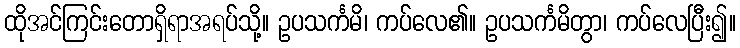
ထိုအင်ကြင်းတောရှိရာအရပ်သို့။ ဥပသင်္ကမိ၊ ကပ်လေ၏။ ဥပသင်္ကမိတွာ၊ ကပ်လေပြီး၍။